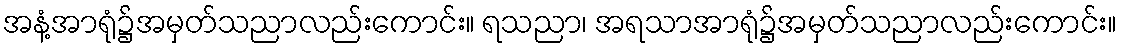
အနံ့အာရုံ၌အမှတ်သညာလည်းကောင်း။ ရသညာ၊ အရသာအာရုံ၌အမှတ်သညာလည်းကောင်း။